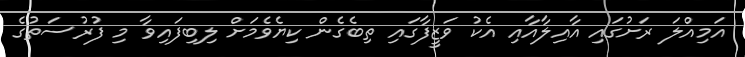
އަމިއްލަ ރަށުގައި އާއިލާއާއި އެކު ވަޒީފާގައި ތިބެގެން ކިޔެވެމަށް ލިބިފައިވާ މި ފުރުސަތުގެ